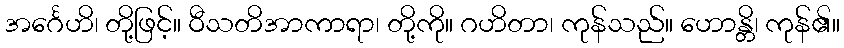
အင်္ဂေဟိ၊ တို့ဖြင့်။ ဝီသတိအာကာရာ၊ တို့ကို။ ဂဟိတာ၊ ကုန်သည်။ ဟောန္တိ၊ ကုန်၏။